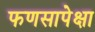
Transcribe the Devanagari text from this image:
फणसापेक्षा